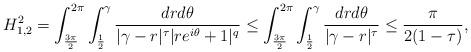
LaTeX: \begin{align*}H_{1,2}^2=\int_{\frac{3\pi}{2}}^{2\pi}\int_{\frac{1}{2}}^{\gamma}\frac{dr d\theta}{|\gamma-r|^\tau|re^{i\theta}+1|^q}\leq\int_{\frac{3\pi}{2}}^{2\pi}\int_{\frac{1}{2}}^{\gamma}\frac{dr d\theta}{|\gamma-r|^\tau}\leq\frac{\pi}{2(1-\tau)},\end{align*}